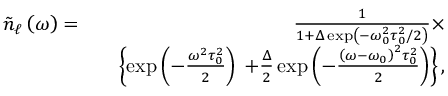
\begin{array} { r l r } { \tilde { n } _ { \ell } \left( \omega \right) = } & { } & { \frac { 1 } { 1 + \Delta \exp \left( - \omega _ { 0 } ^ { 2 } \tau _ { 0 } ^ { 2 } / 2 \right) } \times } \\ & { } & { \left\{ \exp \left( - \frac { \omega ^ { 2 } \tau _ { 0 } ^ { 2 } } { 2 } \right) \right. \left. + \frac { \Delta } { 2 } \exp \left( - \frac { \left( \omega - \omega _ { 0 } \right) ^ { 2 } \tau _ { 0 } ^ { 2 } } { 2 } \right) \right\} , } \end{array}